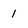
Character: 1